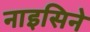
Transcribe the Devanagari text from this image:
नाइसिने